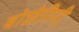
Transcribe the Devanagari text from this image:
बोछेरिनी